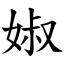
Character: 婌